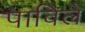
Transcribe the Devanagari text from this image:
पाविले